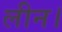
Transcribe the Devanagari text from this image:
लीन।